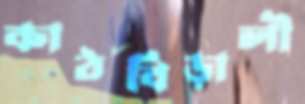
কাঠবিড়ালী